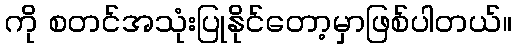
ကို စတင်အသုံးပြုနိုင်တော့မှာဖြစ်ပါတယ်။